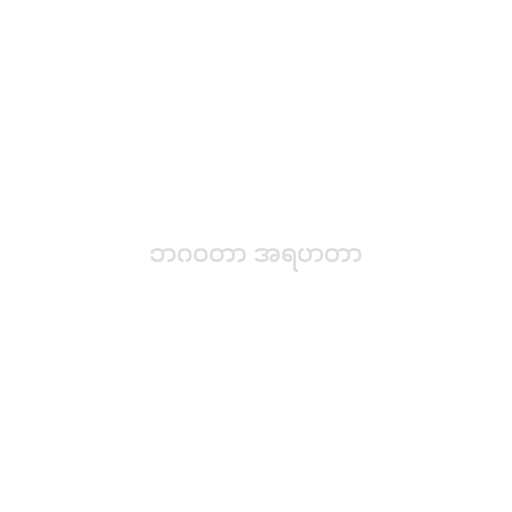
ဘဂဝတာ အရဟတာ